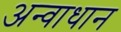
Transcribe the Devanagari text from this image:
अन्वाधान